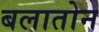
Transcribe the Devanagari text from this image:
बलातोन